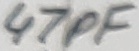
Text: 47pF